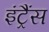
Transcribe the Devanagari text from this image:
इंट्रैंस